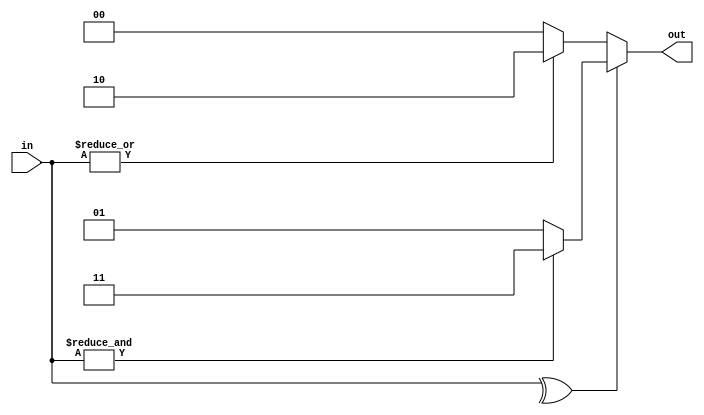
module top_module( 
    input [2:0] in,
    output [1:0] out );
    // Apparently, always-for can solve the problem, but solution blow is more elegent.
    assign out = ^in ? (&in ? 2'd3 : 2'd1) : (|in ? 2'd2 : 2'd0);
endmodule